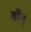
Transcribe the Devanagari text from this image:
वॉन्